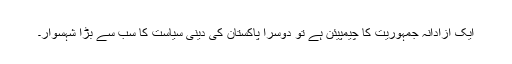
ایک آزادانہ جمہوریت کا چیمپیئن ہے تو دوسرا پاکستان کی دینی سیاست کا سب سے بڑا شہسوار۔